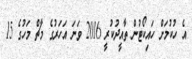
އެ ހުކުމަށް ހައިކޯޓުން ތާއީދުކުރީ 2016 ވަނަ އަހަރުގެ މާޗް މަހުގެ 15